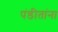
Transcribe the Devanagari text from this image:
पंडीतांना